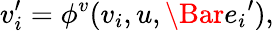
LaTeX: v_{i}^{\prime}=\phi^{v}(v_{i},u,\Bar{e_{i}}^{\prime}),